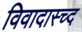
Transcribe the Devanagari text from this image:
विवादास्च्द